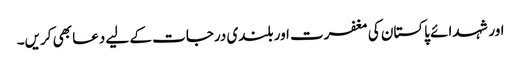
اور شہدائے پاکستان کی مغفرت اور بلندی درجات کے لیے دعا بھی کریں۔